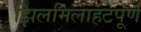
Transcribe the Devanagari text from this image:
झिलमिलाहटपूर्ण